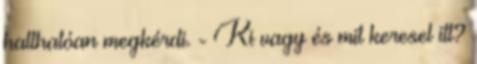
hallhatóan megkérdi. - Ki vagy és mit keresel itt?